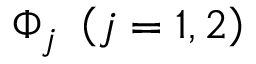
\Phi _ { j } ~ \left( j = 1 , 2 \right)